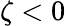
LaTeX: \zeta<0